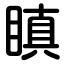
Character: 瞋